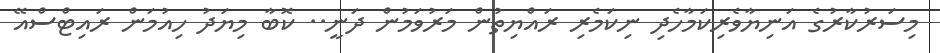
މިސަރުކާރުގެ އަނިޔާވެރިކަމާހެދި ނިކަމެރި ރައްޔިތުން މަރުވަމުން ދަނީ.. ކޮބާ މިޔަދު ހިއުމަން ރައިޓްސްއޭ